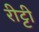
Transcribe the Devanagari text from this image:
रीट्टी